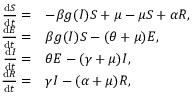
\begin{array} { r l } { \frac { \mathrm { d } S } { \mathrm { d } t } = } & { - \beta g ( I ) S + \mu - \mu S + \alpha R , } \\ { \frac { \mathrm { d } E } { \mathrm { d } t } = } & { \beta g ( I ) S - ( \theta + \mu ) E , } \\ { \frac { \mathrm { d } I } { \mathrm { d } t } = } & { \theta E - ( \gamma + \mu ) I , } \\ { \frac { \mathrm { d } R } { \mathrm { d } t } = } & { \gamma I - ( \alpha + \mu ) R , } \end{array}